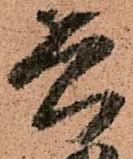
兵